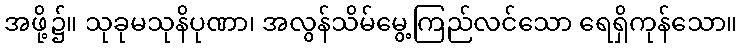
အဖို့၌။ သုခုမသုနိပုဏာ၊ အလွန်သိမ်မွေ့ကြည်လင်သော ရေရှိကုန်သော။